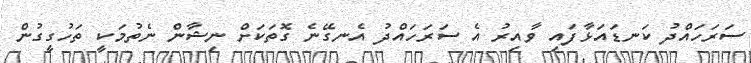
ސަރަހައްދު ކަނޑައަޅާފައި ވާއިރު އެ ސަރަހައްދު އެނގޭނެ ގޮތަކަށް ނިޝާން ނެތުމަކީ ތަހުގީގުން